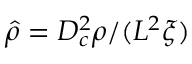
\hat { \rho } = { D _ { c } ^ { 2 } \rho } / ( { L ^ { 2 } \xi } )